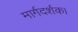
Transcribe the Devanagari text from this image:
मार्गदर्शक।